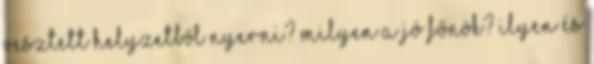
vesztett helyzetből nyerni? Milyen a jó főnök? Ilyen és